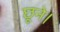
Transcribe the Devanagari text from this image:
छूने।